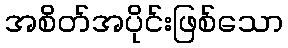
အစိတ်အပိုင်းဖြစ်သော